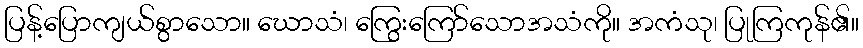
ပြန့်ပြောကျယ်စွာသော။ ဃောသံ၊ ကြွေးကြော်သောအသံကို။ အကံသု၊ ပြုကြကုန်၏။